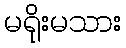
မရိုးမသား